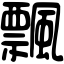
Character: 飄